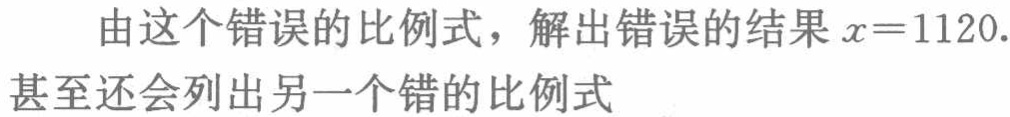
由这个错误的比例式，解出错误的结果\(x = 1120\).甚至还会列出另一个错的比例式